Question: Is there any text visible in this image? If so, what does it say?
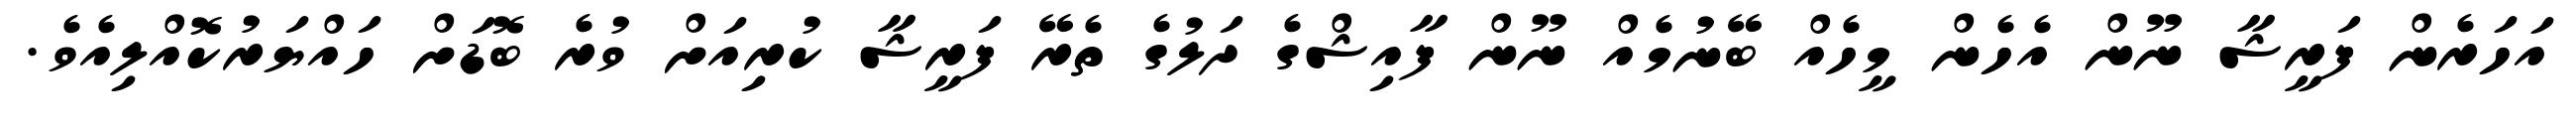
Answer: އަހަރެން ފަރީޝާ ނޫން އެހެން މީހެއް ބޭނުމެއް ނޫން ފާއިޝްގެ ދަލުގެ ތެރޭ ފަރީޝާ ކުރިއަށް ވުރެ ބޮޑަށް ހައްޔަރުކޮއްލިއެވެ.